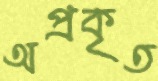
অপ্রকৃত